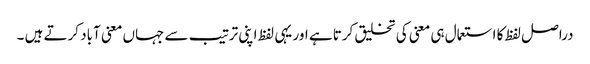
دراصل لفظ کا استعمال ہی معنی کی تخلیق کرتا ہے اور یہی لفظ اپنی ترتیب سے جہاں معنی آباد کرتے ہیں ۔